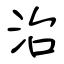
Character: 治